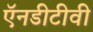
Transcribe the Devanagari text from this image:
ऍनडीटीवी